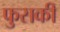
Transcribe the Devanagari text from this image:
फुसकी